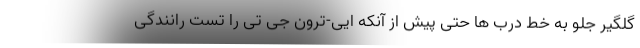
گلگیر جلو به خط درب ها حتی پیش از آنکه ایی-ترون جی تی را تست رانندگی